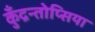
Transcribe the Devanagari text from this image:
कुँद्रन्तोप्सिया